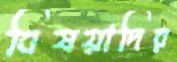
বিষয়াদির